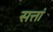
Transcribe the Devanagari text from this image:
सत्तां